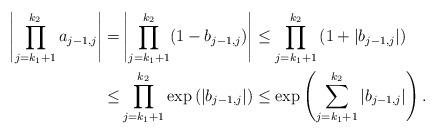
LaTeX: \begin{align*}\left|\prod_{j=k_1+1}^{k_2}a_{j-1,j} \right|=&\left|\prod_{j=k_1+1}^{k_2}(1-b_{j-1,j})\right|\le \prod_{j=k_1+1}^{k_2}\left(1+\left|b_{j-1,j}\right|\right)\\\le&\prod_{j=k_1+1}^{k_2}\exp\left(\left|b_{j-1,j}\right|\right)\le \exp\left(\sum_{j=k_1+1}^{k_2}\left|b_{j-1,j}\right|\right).\end{align*}